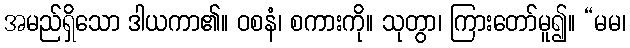
အမည်ရှိသော ဒါယကာ၏။ ဝစနံ၊ စကားကို။ သုတွာ၊ ကြားတော်မူ၍။ “မမ၊